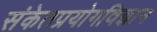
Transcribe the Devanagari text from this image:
संकेतप्रयोगविज्ञान